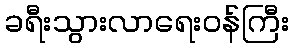
ခရီးသွားလာရေးဝန်ကြီး